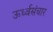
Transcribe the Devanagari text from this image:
ऊर्ध्वसंचार